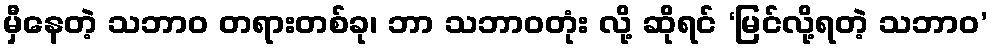
မှီနေတဲ့ သဘာဝ တရားတစ်ခု၊ ဘာ သဘာဝတုံး လို့ ဆိုရင် ‘မြင်လို့ရတဲ့ သဘာဝ’